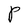
Character: P